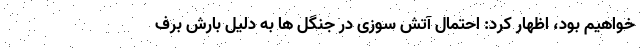
خواهیم بود، اظهار کرد: احتمال آتش سوزی در جنگل ها به دلیل بارش برف